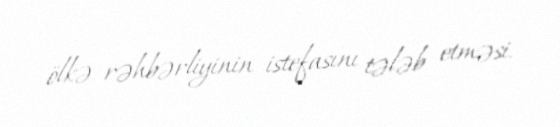
ölkə rəhbərliyinin istefasını tələb etməsi.